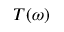
T ( \omega )